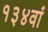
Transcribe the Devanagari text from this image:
१३४वां